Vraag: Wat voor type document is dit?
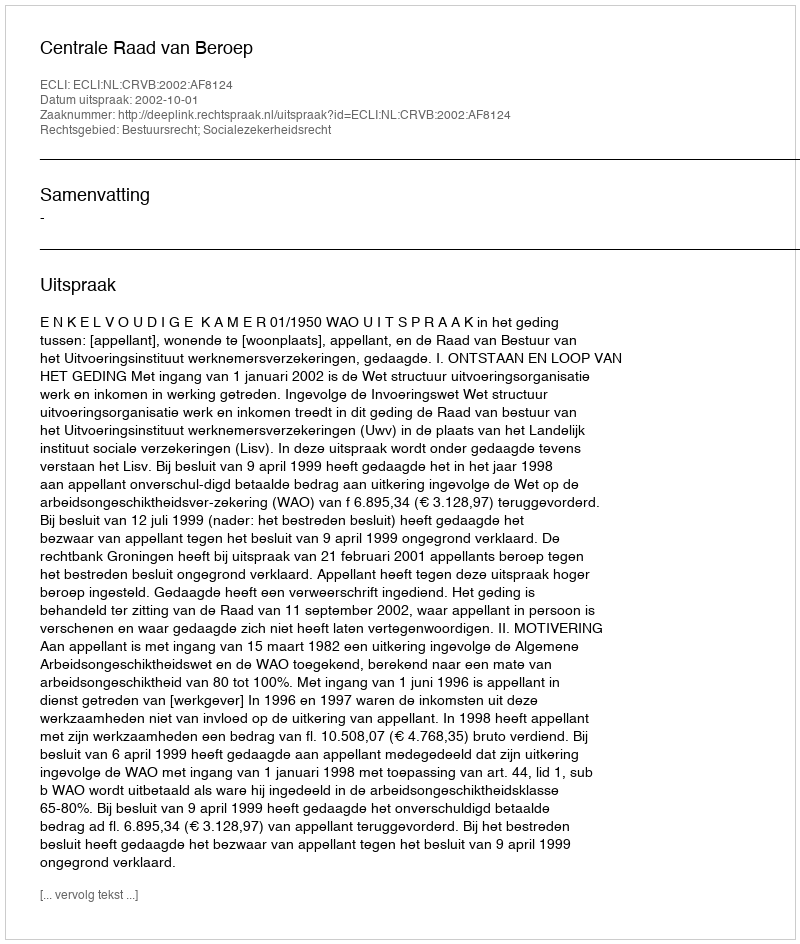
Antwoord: Uitspraak